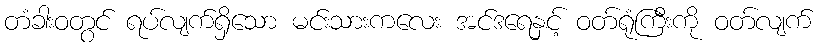
တံခါးဝတွင် ရပ်လျက်ရှိသော မင်းသားကလေး အင်ဒရေနှင့် ဝတ်ရုံကြီးကို ဝတ်လျက်